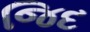
જિદ